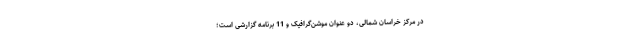
در مرکز خراسان شمالی، دو عنوان موشن‌گرافیک و 11 برنامه گزارشی است؛